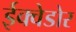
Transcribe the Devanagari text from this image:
ईक्वेडोर